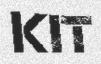
KIT